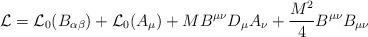
\begin{align*}{\cal L} = {\cal L}_0 (B_{\alpha\beta}) + {\cal L}_0 (A_\mu) +M B^{\mu\nu} D_\mu A_\nu + \frac{M^2}{4} B^{\mu\nu} B_{\mu\nu}\end{align*}